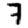
Digit: 7